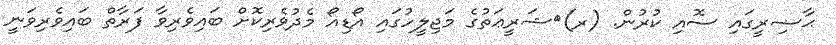
ޙާޟިރީގައި ސޮއި ކުރުން. (ރ)	ޝަރީޢަތުގެ މަޖިލީހުގައި އޯޑިއޯ މެދުވެރިކޮށް ބައިވެރިވާ ފަރާތް ބައިވެރިވަނީ